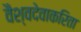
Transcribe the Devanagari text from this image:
वैश्वदेवाकरिता